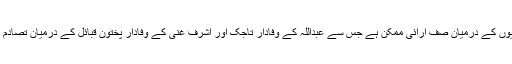
امیدواروں کے حامیوں کے درمیان صف آرائی ممکن ہے جس سے عبداللہ کے وفادار تاجک اور اشرف غنی کے وفادار پختون قبائل کے درمیان تصادم کا آغاز ہوسکتا ہے۔